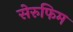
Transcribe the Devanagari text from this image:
सेरुफिम